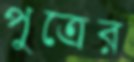
পুত্রের